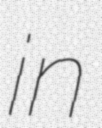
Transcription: in